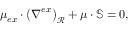
\boldsymbol { \mu } _ { e x } \cdot \left( \boldsymbol { \nabla } ^ { e x } \right) _ { \mathcal { R } } + \boldsymbol { \mu } \cdot \mathbb { S } = \boldsymbol { 0 } ,